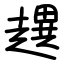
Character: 趩